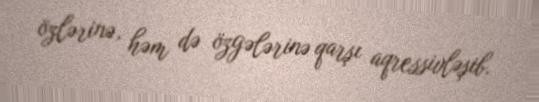
özlərinə, həm də özgələrinə qarşı aqressivləşib.